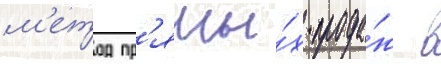
м'етод пр'ямы́х прода́ж в